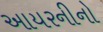
આયરનીનો